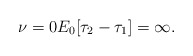
\begin{align*} \nu=0 E_0[\tau_2-\tau_1]=\infty. \end{align*}